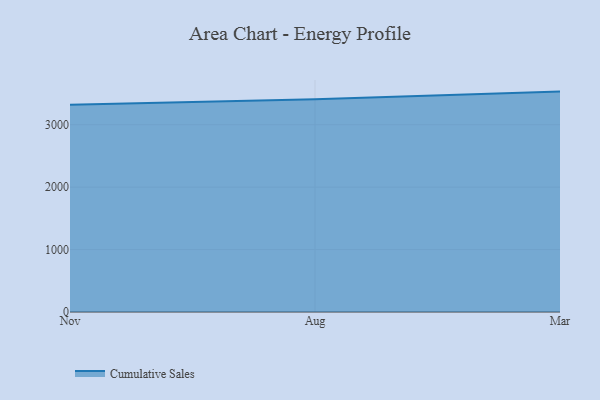
{"axis": {"x": "Month", "y": "Population (Million)"}, "legend": ["Cumulative Sales"], "data": [{"x": "Nov", "y": 3320.2, "type": "Cumulative Sales"}, {"x": "Aug", "y": 3407.0, "type": "Cumulative Sales"}, {"x": "Mar", "y": 3530.7, "type": "Cumulative Sales"}]}